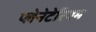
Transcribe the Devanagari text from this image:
प्‍लेनेटेरियम